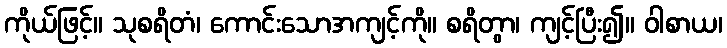
ကိုယ်ဖြင့်။ သုစရိတံ၊ ကောင်းသောအကျင့်ကို။ စရိတွာ၊ ကျင့်ပြီး၍။ ဝါစာယ၊